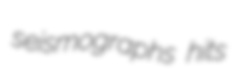
seismographs hits